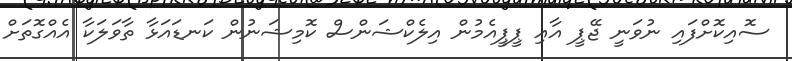
ސޮއިކޮށްފައި ނުވަނީ ޖޭޕީ އާއި ޕީޕީއެމުން އިލެކްޝަންސް ކޮމިޝަނުން ކަނޑައަޅާ ތާވަލަކާ އެއްގޮތަށް